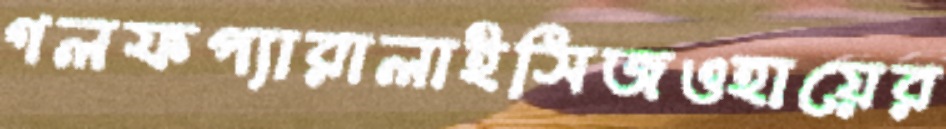
গলফপ্যারালাইসিজওহায়ের